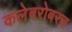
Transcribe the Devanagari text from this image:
कलेबरोबरच